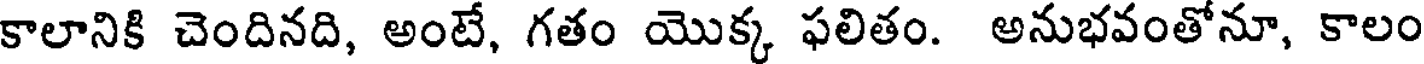
కాలానికి చెందినది, అంటే, గతం యొక్క ఫలితం. అనుభవంతోనూ, కాలం